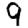
Digit: 9